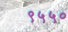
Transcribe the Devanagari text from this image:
९५५०